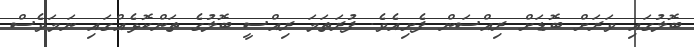
ބޮލުގައި ވަރަށް ބޮޑަށް ރިއްސަން ފެށިއެވެ. ފުރަތަމަ ރިއްސީ ބޮލުގެ ތަންކޮޅެއްގައި ނަމަވެސް